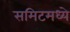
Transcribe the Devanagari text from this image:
समिटमध्ये